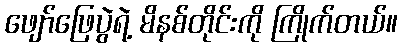
ဖျော်ဖြေပွဲရဲ့ မိနစ်တိုင်းကို ကြိုက်တယ်။